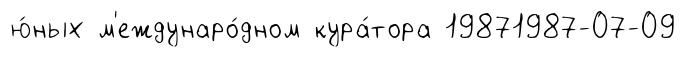
ю́ных м'еждунаро́дном кура́тора 19871987-07-09